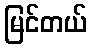
မြင်တယ်